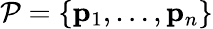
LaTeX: \mathcal{P}=\{ {\mathbf p}_{1},\ldots,{\mathbf p}_{n}\}